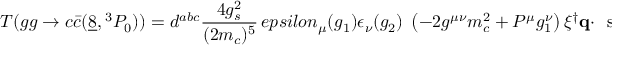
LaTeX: { \cal T } ( g g \to c \bar { c } ( \underline { { { 8 } } } , { } ^ { 3 } P _ { 0 } ) ) = d ^ { a b c } { \frac { 4 g _ { s } ^ { 2 } } { ( 2 m _ { c } ) ^ { 5 } } } \, e p s i l o n _ { \mu } ( g _ { 1 } ) \epsilon _ { \nu } ( g _ { 2 } ) \; \left( - 2 g ^ { \mu \nu } m _ { c } ^ { 2 } + P ^ { \mu } g _ { 1 } ^ { \nu } \right) \xi ^ { \dagger } { \bf q } \cdot \mathrm { \boldmath ~ \ s i g m a ~ } \; T ^ { c } \eta \; + \cdots \; .